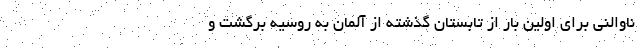
ناوالنی برای اولین بار از تابستان گذشته از آلمان به روسیه برگشت و